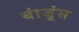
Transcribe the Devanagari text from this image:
बांजूंस